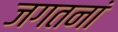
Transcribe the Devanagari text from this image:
जगतनां